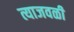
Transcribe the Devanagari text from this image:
त्याजवळी